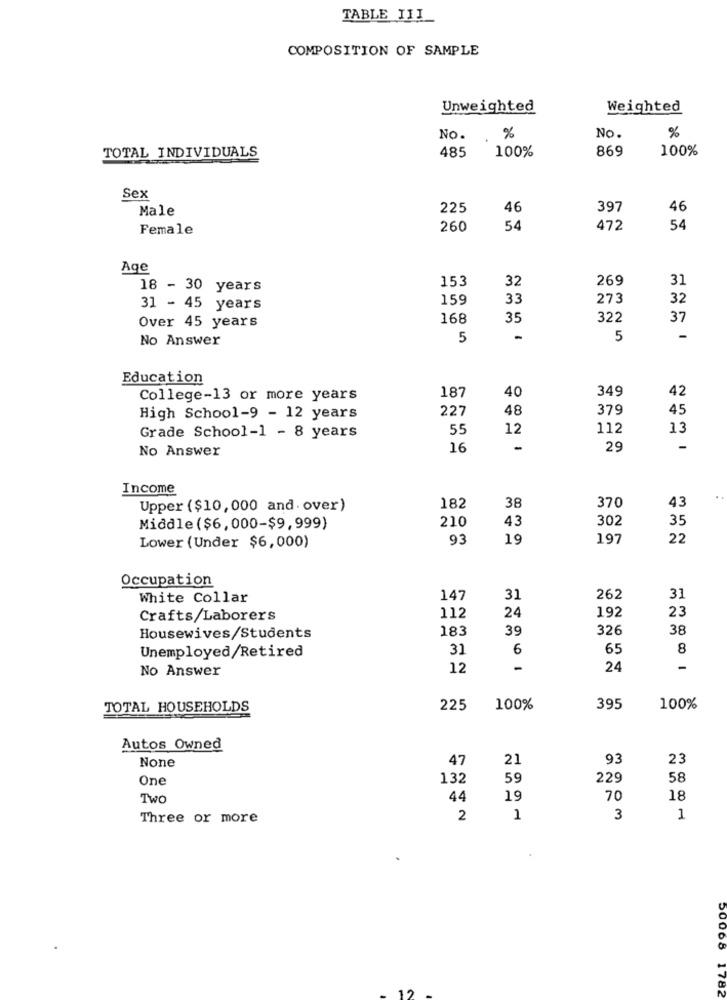
TABLE III
COMPOSITION OF SAMPLE
Unweighted
Weighted
NO.
%
No.
%
485
100%
869
100%
TOTAL INDIVIDUALS
Sex
Male
225
46
397
46
Female
260
54
472
54
Age
153
32
269
31
18 - 30 years
159
33
273
32
31 - 45 years
Over 45 years
168
35
322
37
No Answer
5
-
5
-
Education
187
40
349
42
College-13 or more years
227
48
379
45
High School-9 - 12 years
55
12
112
13
Grade School-1 - 8 years
No Answer
16
-
29
Income
43
..
Upper ($10,000 and. over)
182
38
370
210
43
302
35
Middle($6, 000-$9,999)
93
19
197
22
Lower (Under $6,000)
Occupation
White Collar
147
31
262
31
24
192
23
Crafts/Laborers
112
183
39
326
38
Housewives/Students
31
6
65
8
Unemployed/Retired
No Answer
12
24
-
TOTAL HOUSEHOLDS
225
100%
395
100%
Autos Owned
47
21
93
23
One
132
59
229
58
Two
44
19
70
18
Three or more
2
1
3
1
50008
19
178